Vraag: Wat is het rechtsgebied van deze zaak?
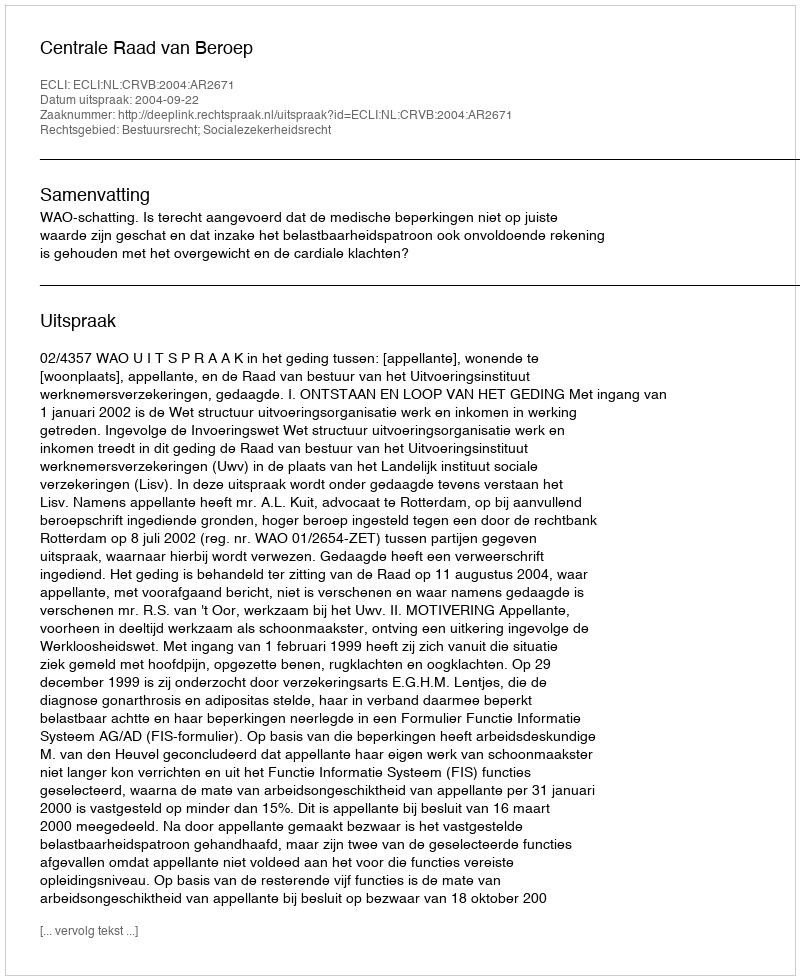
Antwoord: Bestuursrecht; Socialezekerheidsrecht